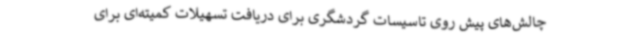
چالش‌های پیش روی تاسیسات گردشگری برای دریافت تسهیلات کمیته‌ای برای